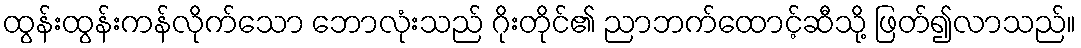
ထွန်းထွန်းကန်လိုက်သော ဘောလုံးသည် ဂိုးတိုင်၏ ညာဘက်ထောင့်ဆီသို့ ဖြတ်၍လာသည်။